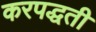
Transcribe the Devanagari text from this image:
करपद्धती